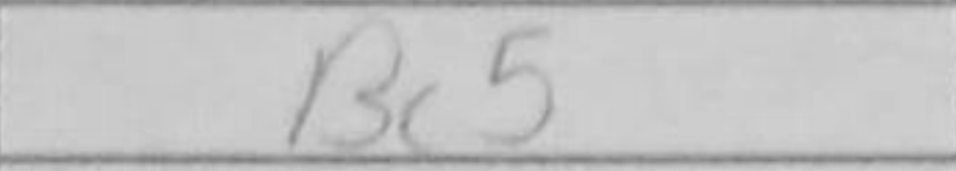
Transcription: Bc5